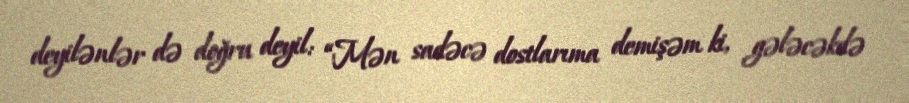
deyilənlər də doğru deyil: “Mən sadəcə dostlarıma demişəm ki, gələcəkdə